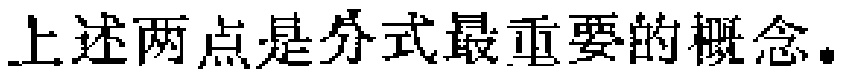
上述两点是分式最重要的概念。